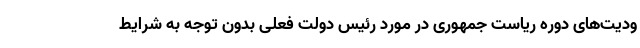
ودیت‌های دوره ریاست جمهوری در مورد رئیس دولت فعلی بدون توجه به شرایط